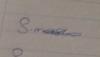
Signature authenticity: genuine